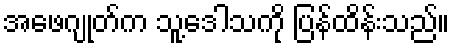
အဖေဂျုတ်က သူ့ဒေါသကို ပြန်ထိန်းသည်။